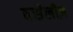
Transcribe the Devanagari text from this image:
वर्सेलीज़